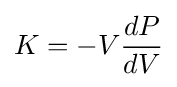
K=-V{\frac {dP}{dV}}